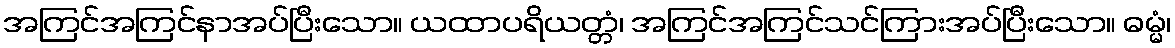
အကြင်အကြင်နာအပ်ပြီးသော။ ယထာပရိယတ္တံ၊ အကြင်အကြင်သင်ကြားအပ်ပြီးသော။ ဓမ္မံ၊